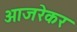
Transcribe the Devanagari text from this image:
आजरेकर